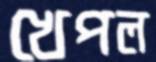
খেপল